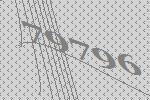
79796